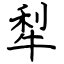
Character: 犁